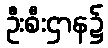
ဦးစီးဌာန၌